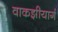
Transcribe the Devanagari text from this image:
वाकझीयार्ग